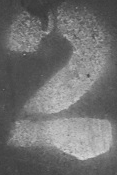
2